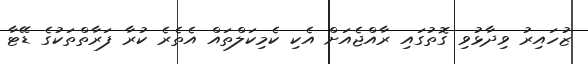
ޒުހައިރު ވިދާޅުވި ގޮތުގައި ރާއްޖެއަށް އެކި ކެމިކަލްތައް އެތެރެ ކުރާ ފަރާތްތަކުގެ ޑޭޓާ